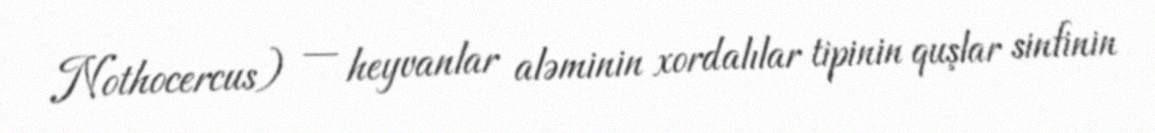
Nothocercus) — heyvanlar aləminin xordalılar tipinin quşlar sinfinin